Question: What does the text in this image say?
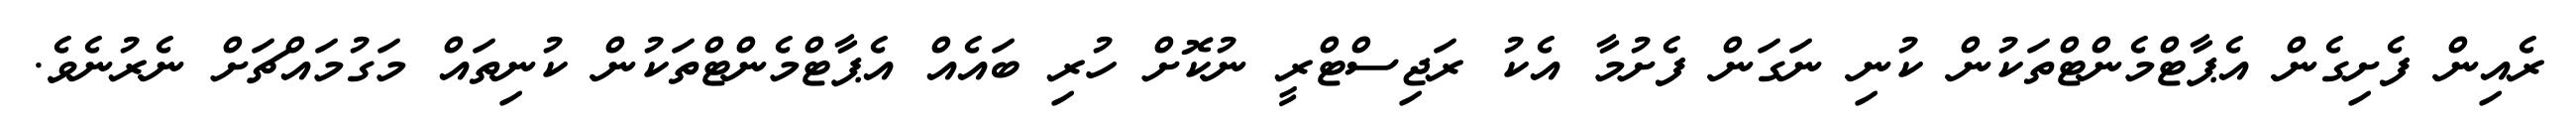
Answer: ރެއިން ފެށިގެން އެޕާޓްމެންޓްތަކުން ކުނި ނަގަން ފެށުމާ އެކު ރަޖިސްޓްރީ ނުކޮށް ހުރި ބައެއް އެޕާޓްމެންޓްތަކުން ކުނިތައް މަގުމައްޗަށް ނެރުނެވެ.